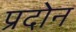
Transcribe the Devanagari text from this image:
प्रदोन